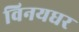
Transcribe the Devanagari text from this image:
विनयधर